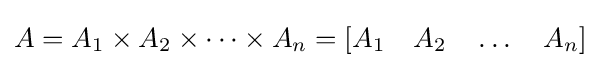
A=A_{1}\times A_{2}\times \dots \times A_{n}=[A_{1}\quad A_{2}\quad \dots \quad A_{n}]